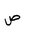
Letter: _sad